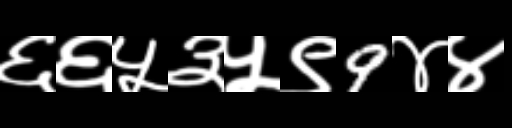
Text: ६६५३५९9४४